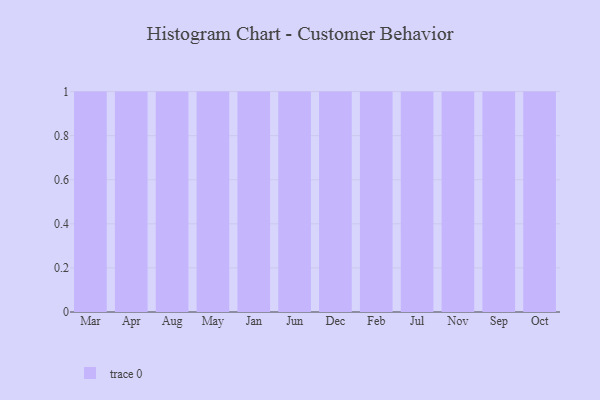
{"axis": {"x": "Month", "y": "Inventory Turnover"}, "legend": [""], "data": [{"x": "Mar", "y": 83, "type": ""}, {"x": "Apr", "y": 44, "type": ""}, {"x": "Aug", "y": 58, "type": ""}, {"x": "May", "y": 86, "type": ""}, {"x": "Jan", "y": 35, "type": ""}, {"x": "Jun", "y": 25, "type": ""}, {"x": "Dec", "y": 82, "type": ""}, {"x": "Feb", "y": 96, "type": ""}, {"x": "Jul", "y": 58, "type": ""}, {"x": "Nov", "y": 36, "type": ""}, {"x": "Sep", "y": 77, "type": ""}, {"x": "Oct", "y": 19, "type": ""}]}